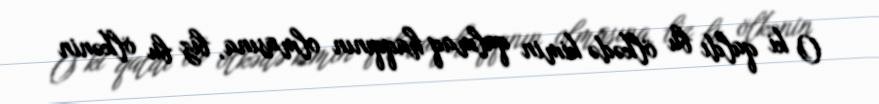
O ki qaldı bu ölkədə kimin qalmaq haqqının olmasına, biz bu ölkənin